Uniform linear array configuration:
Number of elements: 4
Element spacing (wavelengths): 0.25
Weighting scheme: binomial
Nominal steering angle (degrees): -15
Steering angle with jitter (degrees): -13.491
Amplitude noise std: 0.05
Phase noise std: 0.05

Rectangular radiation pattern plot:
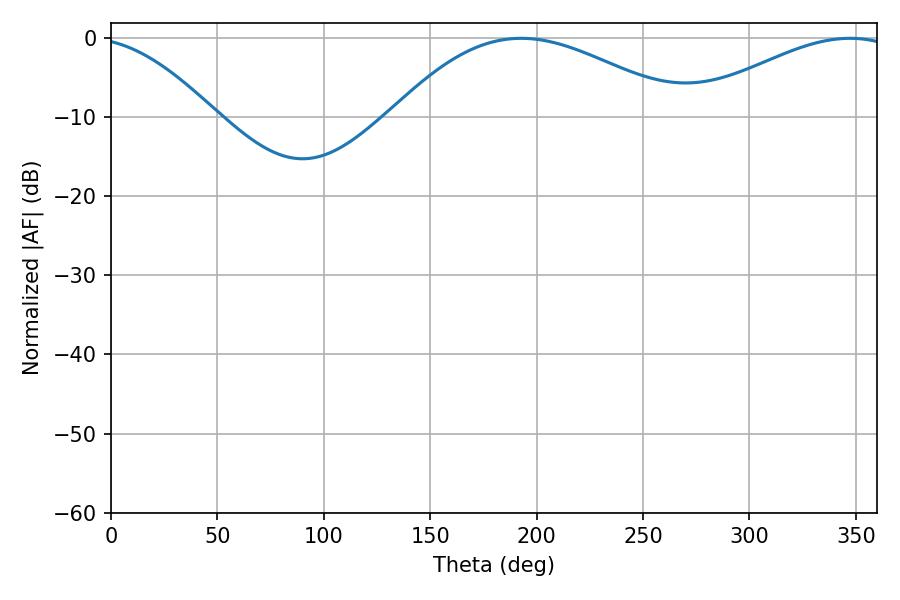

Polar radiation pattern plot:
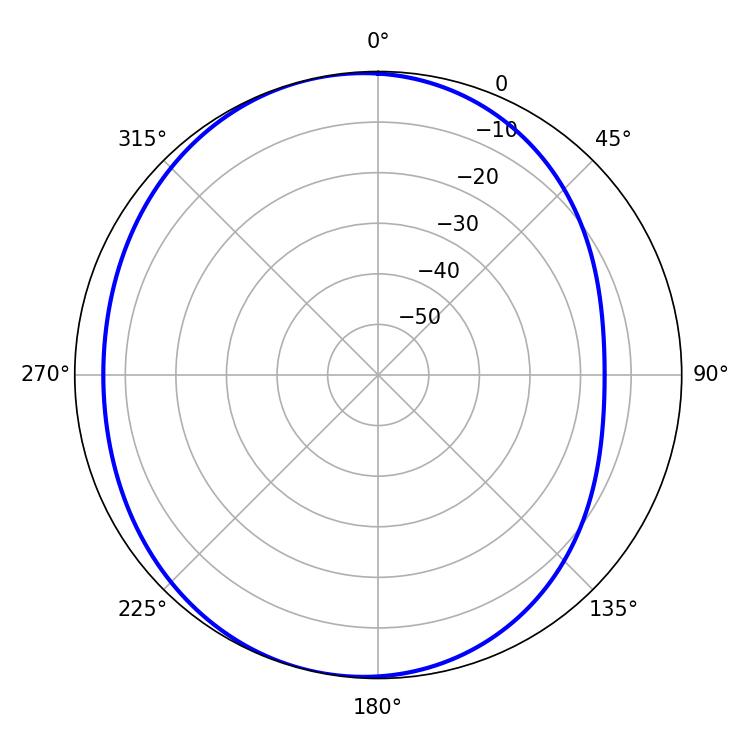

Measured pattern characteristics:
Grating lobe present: FALSE
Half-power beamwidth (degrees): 74.7
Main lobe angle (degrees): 192.78